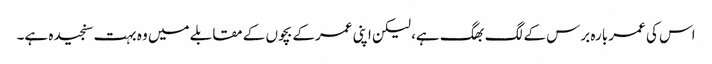
اس کی عمر بارہ برس کے لگ بھگ ہے، لیکن اپنی عمرکے بچوں کے مقابلے میں وہ بہت سنجیدہ ہے۔